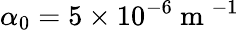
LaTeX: \alpha_{0}=5\times 10^{-6}\mathrm{~m~}^{-1}